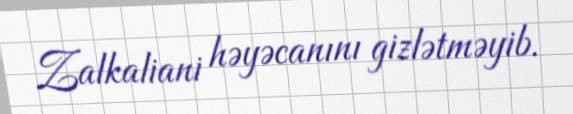
Zalkaliani həyəcanını gizlətməyib.